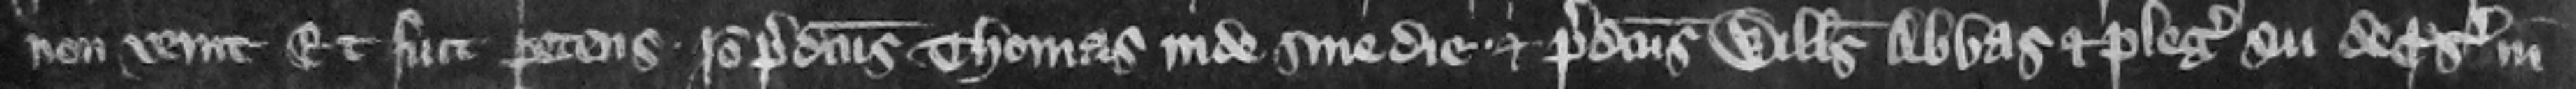
non venit. Et fuit petens. Ideo predictus Thomas inde sine die et predictus Willelmus abbas et plegii sui de prosequendo in